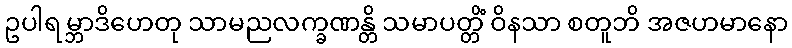
ဥပါရမ္ဘာဒိဟေတု သာမညလက္ခဏန္တိ သမာပတ္တိံ ဝိနသာ စတူဘိ အဇဟမာနော